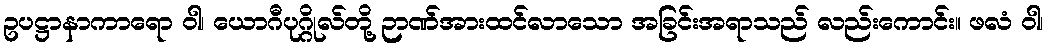
ဥပဋ္ဌာနာကာရော ဝါ၊ ယောဂီပုဂ္ဂိုလ်တို့ ဉာဏ်အားထင်လာသော အခြင်းအရာသည် လည်းကောင်း။ ဖလံ ဝါ၊